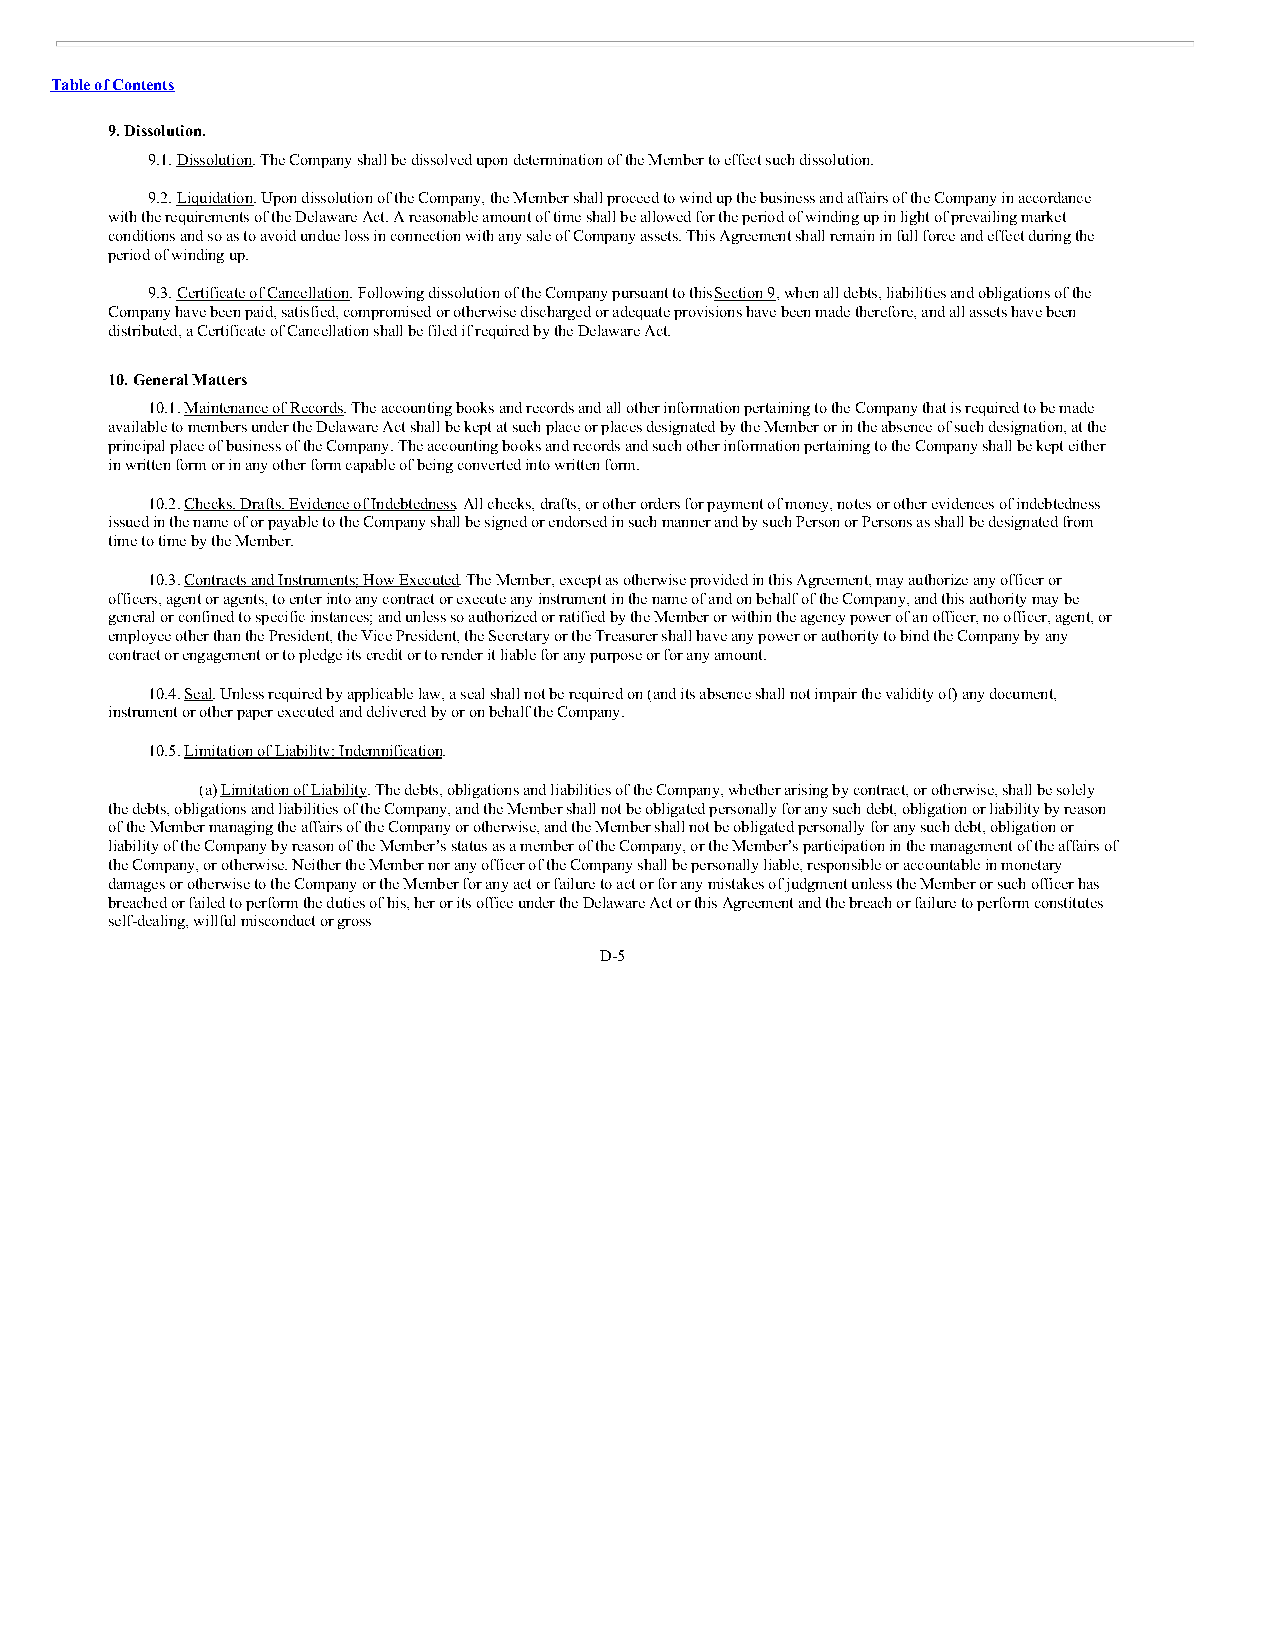
Table of Contents
 9. Dissolution.
 9.1. Dissolution. The Company shall be dissolved upon determination of the Member to effect such dissolution.
 9.2. Liquidation. Upon dissolution of the Company, the Member shall proceed to wind up the business and affairs of the Company in accordance
 with the requirements of the Delaware Act. A reasonable amount of time shall be allowed for the period of winding up in light of prevailing market
 conditions and so as to avoid undue loss in connection with any sale of Company assets. This Agreement shall remain in full force and effect during the
 period of winding up.
 9.3. Certificate of Cancellation. Following dissolution of the Company pursuant to this Section 9, when all debts, liabilities and obligations of the
 Company have been paid, satisfied, compromised or otherwise discharged or adequate provisions have been made therefore, and all assets have been
 distributed, a Certificate of Cancellation shall be filed if required by the Delaware Act.
 10. General Matters
 10.1. Maintenance of Records. The accounting books and records and all other information pertaining to the Company that is required to be made
 available to members under the Delaware Act shall be kept at such place or places designated by the Member or in the absence of such designation, at the
 principal place of business of the Company. The accounting books and records and such other information pertaining to the Company shall be kept either
 in written form or in any other form capable of being converted into written form.
 10.2. Checks, Drafts, Evidence of Indebtedness. All checks, drafts, or other orders for payment of money, notes or other evidences of indebtedness
 issued in the name of or payable to the Company shall be signed or endorsed in such manner and by such Person or Persons as shall be designated from
 time to time by the Member.
 10.3. Contracts and Instruments; How Executed. The Member, except as otherwise provided in this Agreement, may authorize any officer or
 officers, agent or agents, to enter into any contract or execute any instrument in the name of and on behalf of the Company, and this authority may be
 general or confined to specific instances; and unless so authorized or ratified by the Member or within the agency power of an officer, no officer, agent, or
 employee other than the President, the Vice President, the Secretary or the Treasurer shall have any power or authority to bind the Company by any
 contract or engagement or to pledge its credit or to render it liable for any purpose or for any amount.
 10.4. Seal. Unless required by applicable law, a seal shall not be required on (and its absence shall not impair the validity of) any document,
 instrument or other paper executed and delivered by or on behalf the Company.
 10.5. Limitation of Liability; Indemnification.
 (a) Limitation of Liability. The debts, obligations and liabilities of the Company, whether arising by contract, or otherwise, shall be solely
 the debts, obligations and liabilities of the Company, and the Member shall not be obligated personally for any such debt, obligation or liability by reason
 of the Member managing the affairs of the Company or otherwise, and the Member shall not be obligated personally for any such debt, obligation or
 liability of the Company by reason of the Member’s status as a member of the Company, or the Member’s participation in the management of the affairs of
 the Company, or otherwise. Neither the Member nor any officer of the Company shall be personally liable, responsible or accountable in monetary
 damages or otherwise to the Company or the Member for any act or failure to act or for any mistakes of judgment unless the Member or such officer has
 breached or failed to perform the duties of his, her or its office under the Delaware Act or this Agreement and the breach or failure to perform constitutes
 self-dealing, willful misconduct or gross
 D-5